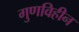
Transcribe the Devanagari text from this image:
गुणविहीन